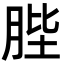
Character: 䏶